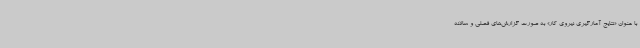
با عنوان «نتایج آمارگیری نیروی کار» به صورت گزارش‌های فصلی و سالانه